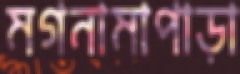
মগনামাপাড়া